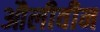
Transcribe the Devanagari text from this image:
औलीवीन